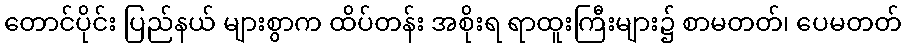
တောင်ပိုင်း ပြည်နယ် များစွာက ထိပ်တန်း အစိုးရ ရာထူးကြီးများ၌ စာမတတ်၊ ပေမတတ်